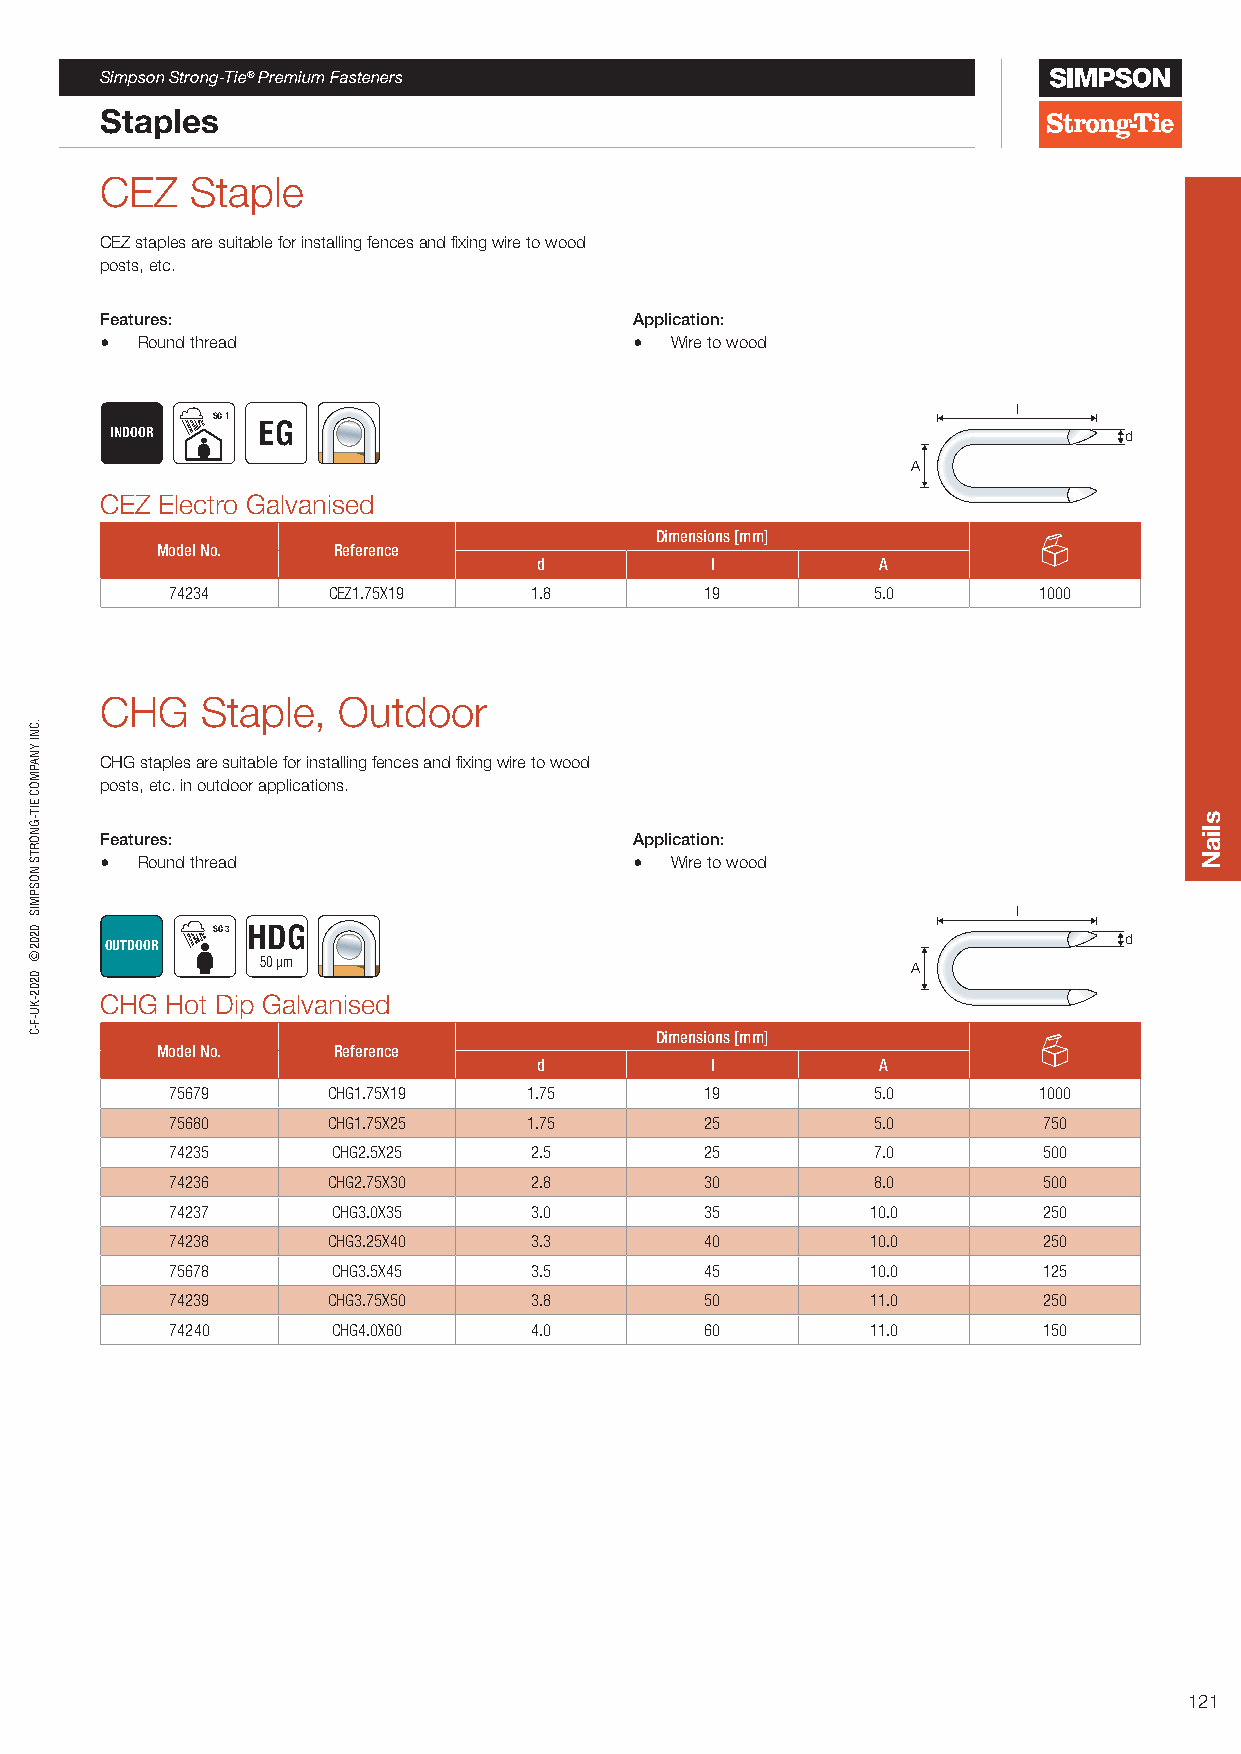
Simpson Strong-Tie® Premium Fasteners
 Staples
 CEZ   Staple
 CEZ staples are suitable for installing fences and fixing wire to wood
 posts, etc.
 Features:                          Application:
 • Round thread                     • Wire to wood
 l
 SC 1
 INDOOR    EG                                                       d
 A
 CEZ Electro Galvanised
 Dimensions [mm]
 Model No.   Reference
 d          l          A
 74234      CEZ1.75X19   1.8         19         5.0        1000
 CHG   Staple,  Outdoor
 CHG staples are suitable for installing fences and fixing wire to wood
 posts, etc. in outdoor applications.
 Features:                          Application:
 • Round thread                     • Wire to wood
 l
 SC 3 HDG
 d
 OUTDOOR
 50 µm                                      A
 CHG Hot Dip Galvanised
 Dimensions [mm]
 Model No.   Reference
 d          l          A
 75679      CHG1.75X19   1.75        19         5.0        1000
 75680      CHG1.75X25   1.75        25         5.0        750
 74235      CHG2.5X25    2.5         25         7.0        500
 74236      CHG2.75X30   2.8         30         8.0        500
 74237      CHG3.0X35    3.0         35         10.0       250
 74238      CHG3.25X40   3.3         40         10.0       250
 75678      CHG3.5X45    3.5         45         10.0       125
 74239      CHG3.75X50   3.8         50         11.0       250
 74240      CHG4.0X60    4.0         60         11.0       150
 121
 .CNI
 YNAPMOC
 EIT-GNORTS
 NOSPMIS
 0202©
 0202-KU-F-C
 sliaN